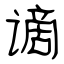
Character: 谪